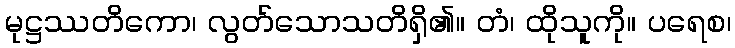
မုဋ္ဌဿတိကော၊ လွတ်သောသတိရှိ၏။ တံ၊ ထိုသူကို။ ပရေစ၊